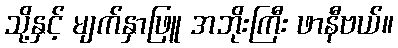
သို့နှင့် မျက်နှာဖြူ အဘိုးကြီး ဖာနီဗယ်။